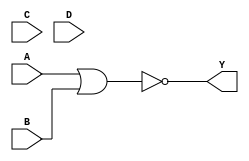
module combinational_logic_block #(
    parameter N = 4, // Number of bits for inputs A, B, C, D
    parameter M = 4  // Number of bits for output Y
)(
    input  [N-1:0] A,  // Input A
    input  [N-1:0] B,  // Input B
    input  [N-1:0] C,  // Input C
    input  [N-1:0] D,  // Input D
    output [M-1:0] Y   // Output Y
);

    // Internal signals for intermediate operations
    wire [N-1:0] and_out;
    wire [N-1:0] or_out;
    wire [N-1:0] nand_out;
    wire [N-1:0] nor_out;
    wire [N-1:0] xor_out;
    wire [N-1:0] not_A;
    wire [N-1:0] not_B;

    // AND operation
    assign and_out = A & B;

    // OR operation
    assign or_out = A | B;

    // NAND operation
    assign nand_out = ~(A & B);

    // NOR operation
    assign nor_out = ~(A | B);

    // XOR operation
    assign xor_out = A ^ B;

    // NOT operation
    assign not_A = ~A;
    assign not_B = ~B;

    // Output Y configuration
    assign Y = {and_out[M-1:0], or_out[M-1:0], nand_out[M-1:0], nor_out[M-1:0]}; // Example output mapping

endmodule